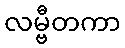
လမ္ဗီတကာ